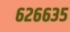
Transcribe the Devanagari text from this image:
६२६६३५